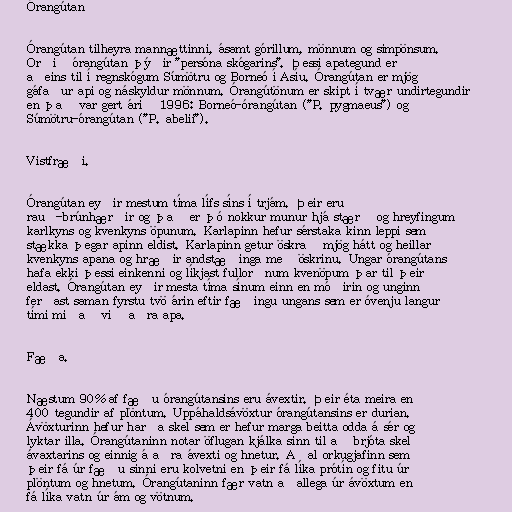
Órangútan

Órangútan tilheyra mannættinni, ásamt górillum, mönnum og simpönsum.
Orðið órangútan þýðir "persóna skógarins". Þessi apategund er
aðeins til í regnskógum Súmötru og Borneó í Asíu. Órangútan er mjög
gáfaður api og náskyldur mönnum. Órangútönum er skipt í tvær undirtegundir
en það var gert árið 1996: Borneó-órangútan ("P. pygmaeus") og
Súmötru-órangútan ("P. abelii").

Vistfræði.

Órangútan eyðir mestum tíma lífs síns í trjám. Þeir eru
rauð-brúnhærðir og það er þó nokkur munur hjá stærð og hreyfingum
karlkyns og kvenkyns öpunum. Karlapinn hefur sérstaka kinn leppi sem
stækka þegar apinn eldist. Karlapinn getur öskrað mjög hátt og heillar
kvenkyns apana og hræðir andstæðinga með öskrinu. Ungar órangútans
hafa ekki þessi einkenni og líkjast fullorðnum kvenöpum þar til þeir
eldast. Órangútan eyðir mesta tíma sínum einn en móðirin og unginn
ferðast saman fyrstu tvö árin eftir fæðingu ungans sem er óvenju langur
tími miðað við aðra apa.

Fæða.

Næstum 90% af fæðu órangútansins eru ávextir. Þeir éta meira en
400 tegundir af plöntum. Uppáhaldsávöxtur órangútansins er durian.
Ávöxturinn hefur harða skel sem er hefur marga beitta odda á sér og
lyktar illa. Órangútaninn notar öflugan kjálka sinn til að brjóta skel
ávaxtarins og einnig á aðra ávexti og hnetur. Aðal orkugjafinn sem
þeir fá úr fæðu sinni eru kolvetni en þeir fá líka prótín og fitu úr
plöntum og hnetum. Órangútaninn fær vatn aðallega úr ávöxtum en
fá líka vatn úr ám og vötnum.